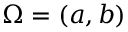
\Omega = ( a , b )